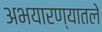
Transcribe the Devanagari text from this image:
अभयारण्यातले